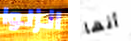
انزلوا أنها